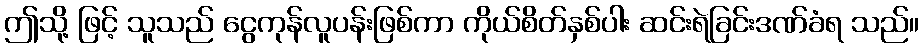
ဤသို့ ဖြင့် သူသည် ငွေကုန်လူပန်းဖြစ်ကာ ကိုယ်စိတ်နှစ်ပါး ဆင်းရဲခြင်းဒဏ်ခံရ သည်။